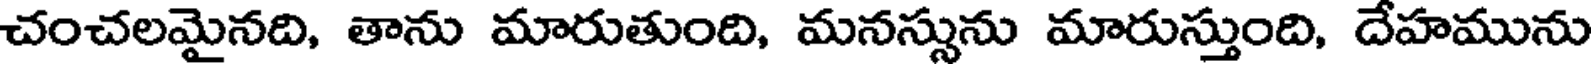
చంచలమైనది, తాను మారుతుంది, మనస్సును మారుస్తుంది, దేహమును